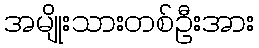
အမျိုးသားတစ်ဦးအား